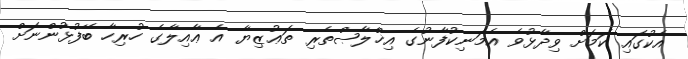
އެކުގައި ކަމަށް ވިދާޅުވެ އެމަނިކުފާނުގެ އިޚްލާޞްތެރި ތަޢުޒިޔާ އެ ޢާއިލާގެ ހުރިހާ ބޭފުޅުންނަށް